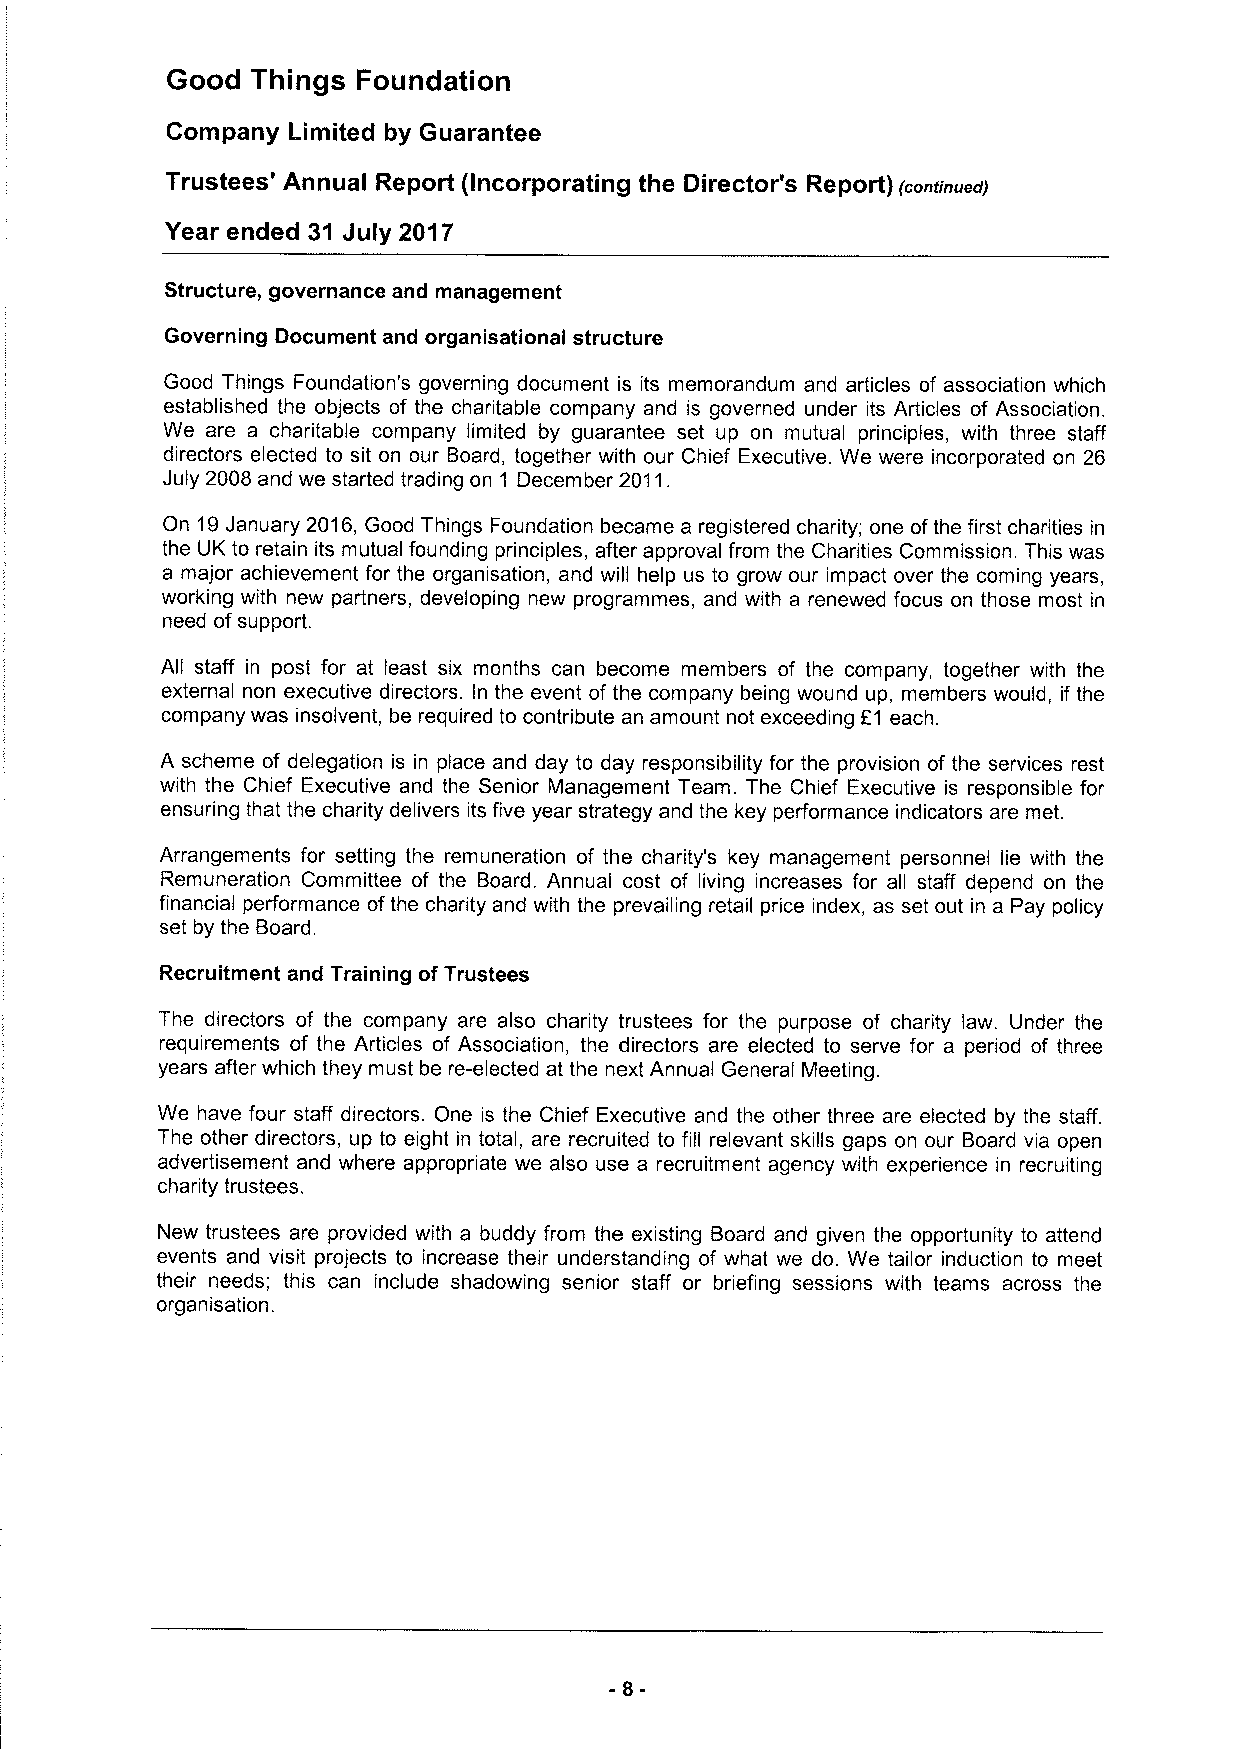
Good  Things Foundation
 Company Limited by Guarantee
 Trustees' Annual Report (Incorporating the Director's Report)
 &continued)
 Year ended 31 July 2017
 Structure, governance and management
 Governing Document and organisational structure
 Good Things Foundation's governing document is its memorandum and articles of association which
 established the objects of the charitable company and is governed under its Articles of Association.
 We are a charitable company limited by guarantee set up on mutual principles, with three staff
 directors elected to sit on our Board, together with our Chief Executive. We were incorporated on 26
 July 2008 and we started trading on 1 December 2011.
 On 19January 2016, Good Things Foundation became a registered charity; one ofthe first charities in
 the UK to retain its mutual founding principles, after approval from the Charities Commission. This was
 a major achievement for the organisation, and will help us to grow our impact over the coming years,
 working with new partners, developing new programmes, and with a renewed focus on those most in
 need ofsupport.
 All staff in post for at least six months can become members of the company, together with the
 external non executive directors. In the event of the company being wound up, members would, if the
 company was insolvent, be required to contribute an amount not exceeding E1 each.
 A scheme of delegation is in place and day to day responsibility for the provision of the services rest
 with the Chief Executive and the Senior Management Team. The Chief Executive is responsible for
 ensuring that the charity delivers its five year strategy and the key performance indicators are met.
 Arrangements for setting the remuneration of the charity's key management personnel lie with the
 Remuneration Committee of the Board. Annual cost of living increases for all staff depend on the
 financial performance ofthe charity and with the prevailing retail price index, as set out in a Pay policy
 set by the Board.
 Recruitment and Training ofTrustees
 The directors of the company are also charity trustees for the purpose of charity law. Under the
 requirements of the Articles of Association, the directors are elected to serve for a period of three
 years after which they must be re-elected at the next Annual General Meeting.
 We have four staff directors. One is the Chief Executive and the other three are elected by the staff.
 The other directors, up to eight in total, are recruited to fill relevant skills gaps on our Board via open
 advertisement and where appropriate we also use a recruitment agency with experience in recruiting
 charity trustees.
 New trustees are provided with a buddy from the existing Board and given the opportunity to attend
 events and visit projects to increase their understanding of what we do. We tailor induction to meet
 their needs; this can include shadowing senior staff or briefing sessions with teams across the
 organisation.
 -8-